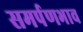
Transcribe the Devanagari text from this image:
समर्पणभाव